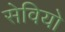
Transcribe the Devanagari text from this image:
सेवियो